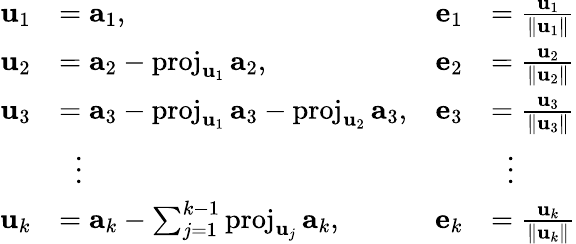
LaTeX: {\begin{array}{rlrl}{\mathbf{u}_{1}}&{=\mathbf{a}_{1},}&{\mathbf{e}_{1}}&{={\frac{\mathbf{u}_{1}}{\| \mathbf{u}_{1}\| }}}\\ {\mathbf{u}_{2}}&{=\mathbf{a}_{2}-\operatorname{proj}_{\mathbf{u}_{1}}\mathbf{a}_{2},}&{\mathbf{e}_{2}}&{={\frac{\mathbf{u}_{2}}{\| \mathbf{u}_{2}\| }}}\\ {\mathbf{u}_{3}}&{=\mathbf{a}_{3}-\operatorname{proj}_{\mathbf{u}_{1}}\mathbf{a}_{3}-\operatorname{proj}_{\mathbf{u}_{2}}\mathbf{a}_{3},}&{\mathbf{e}_{3}}&{={\frac{\mathbf{u}_{3}}{\| \mathbf{u}_{3}\| }}}\\ &{\; \; \vdots}&&{\; \; \vdots}\\ {\mathbf{u}_{k}}&{=\mathbf{a}_{k}-\sum_{j=1}^{k-1}\operatorname{proj}_{\mathbf{u}_{j}}\mathbf{a}_{k},}&{\mathbf{e}_{k}}&{={\frac{\mathbf{u}_{k}}{\| \mathbf{u}_{k}\| }}}\end{array}}